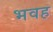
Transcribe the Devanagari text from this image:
भवह